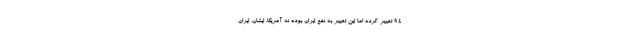
۹۴ تغییر کرده اما این تغییر به نفع ایران بوده نه آمریکا. ایشان، ایرانِ